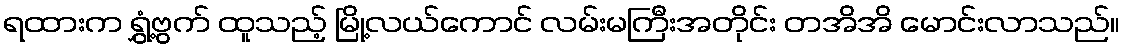
ရထားက ရွှံ့ဗွက် ထူသည့် မြို့လယ်ကောင် လမ်းမကြီးအတိုင်း တအိအိ မောင်းလာသည်။